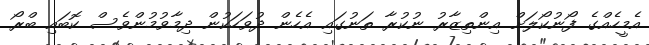
އެމީހެއްގެ ފޯނުކޯލަށް އިންތިޒާރު ނުކުރާ ތަނުގައި އެހެން ދުވަހަކުން ދިމާވުމުންވެސް ކޮބައި ބްރޯ